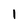
Character: l